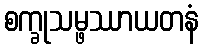
စက္ခုသမ္ဖဿာယတနံ